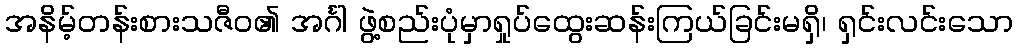
အနိမ့်တန်းစားသဇီဝ၏ အင်္ဂါ ဖွဲ့စည်းပုံမှာရှုပ်ထွေးဆန်းကြယ်ခြင်းမရှိ၊ ရှင်းလင်းသော